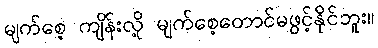
မျက်စေ့ ကျိန်းလို့ မျက်စေ့တောင်မဖွင့်နိုင်ဘူး။